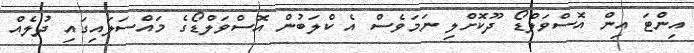
އިންޓަ އިން އޮސްވަލްޑޯ ދޫކޮށްލި ނަމަވެސް އެ ކްލަބުން އޮސްވަލްޑޯގެ މައްސަލައިގައި ދުލެއް